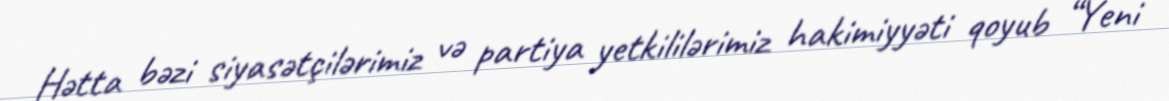
Hətta bəzi siyasətçilərimiz və partiya yetkililərimiz hakimiyyəti qoyub “Yeni